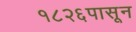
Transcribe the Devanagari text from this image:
१८२६पासून